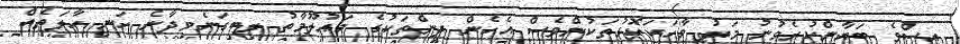
އިސްވެ ބަޔާންކުރެވުނު މަދު ވާހަކަކޮޅުތަކުންވެސް އެހެން ދީންތަކުގެ މައުލޫމާތު ލިބިގަނެވިދާނެ ހަނި ހާލަތެއް